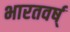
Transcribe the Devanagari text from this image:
भारतवर्ष्